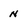
Character: n